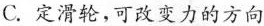
C.定滑轮，可改变力的方向